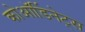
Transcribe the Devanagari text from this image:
कोऑर्डिनेट्स